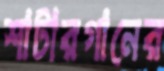
শাটারগানের